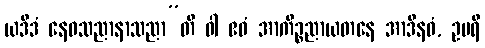
ယဒိဒံ နေဝသညာနာသညာ”တိ ဝါ ဧဝံ အာကိဉ္စညာယတနေ အာဒီနဝံ, ဥပရိ